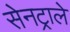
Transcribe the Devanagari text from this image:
सेनट्राले